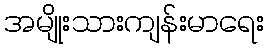
အမျိုးသားကျန်းမာရေး